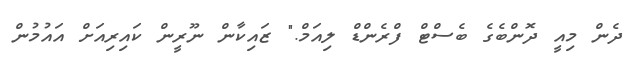
ދެން މިއީ ދޮންބެގެ ބެސްޓް ފްރެންޑް ލިއަމް." ޒައިކާން ނޫރީން ކައިރިއަށް އައުމުން